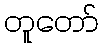
တူတော်